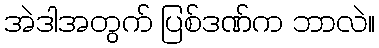
အဲဒါအတွက် ပြစ်ဒဏ်က ဘာလဲ။